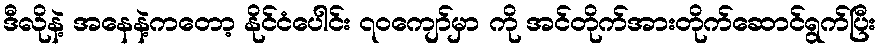
ဒီလိုနဲ့ အနေနဲ့ကတော့ နိုင်ငံပေါင်း ၇၀ကျော်မှာ ကို အင်တိုက်အားတိုက်ဆောင်ရွက်ပြီး